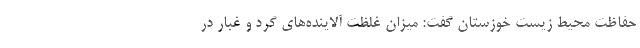
حفاظت محیط زیست خوزستان گفت: میزان غلظت آلاینده‌های گرد و غبار در